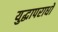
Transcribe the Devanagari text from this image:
युद्धापराधों